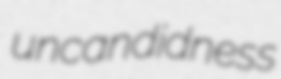
uncandidness